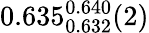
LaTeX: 0.635_{0.632}^{0.640}(2)